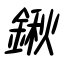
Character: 鍬